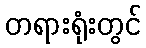
တရားရုံးတွင်